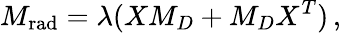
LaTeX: M_{\mathrm{rad}}=\lambda(XM_{D}+M_{D}X^{T})\, ,